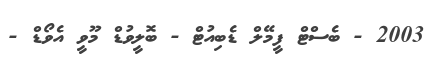
2003 - ބެސްޓް ފީމޭލް ޑެބިއުޓް - ބޮލީވުޑް މޫވީ އެވޯޑް -